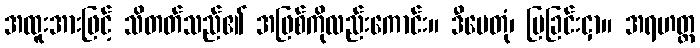
အထူးအားဖြင့် သိတတ်သည်၏ အဖြစ်ကိုလည်းကောင်း။ ဒီပေတုံ၊ ပြခြင်းငှာ။ အရဟတ္တ